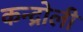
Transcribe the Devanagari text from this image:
कन्द्रोली